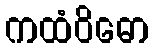
ကထံဝိဓော